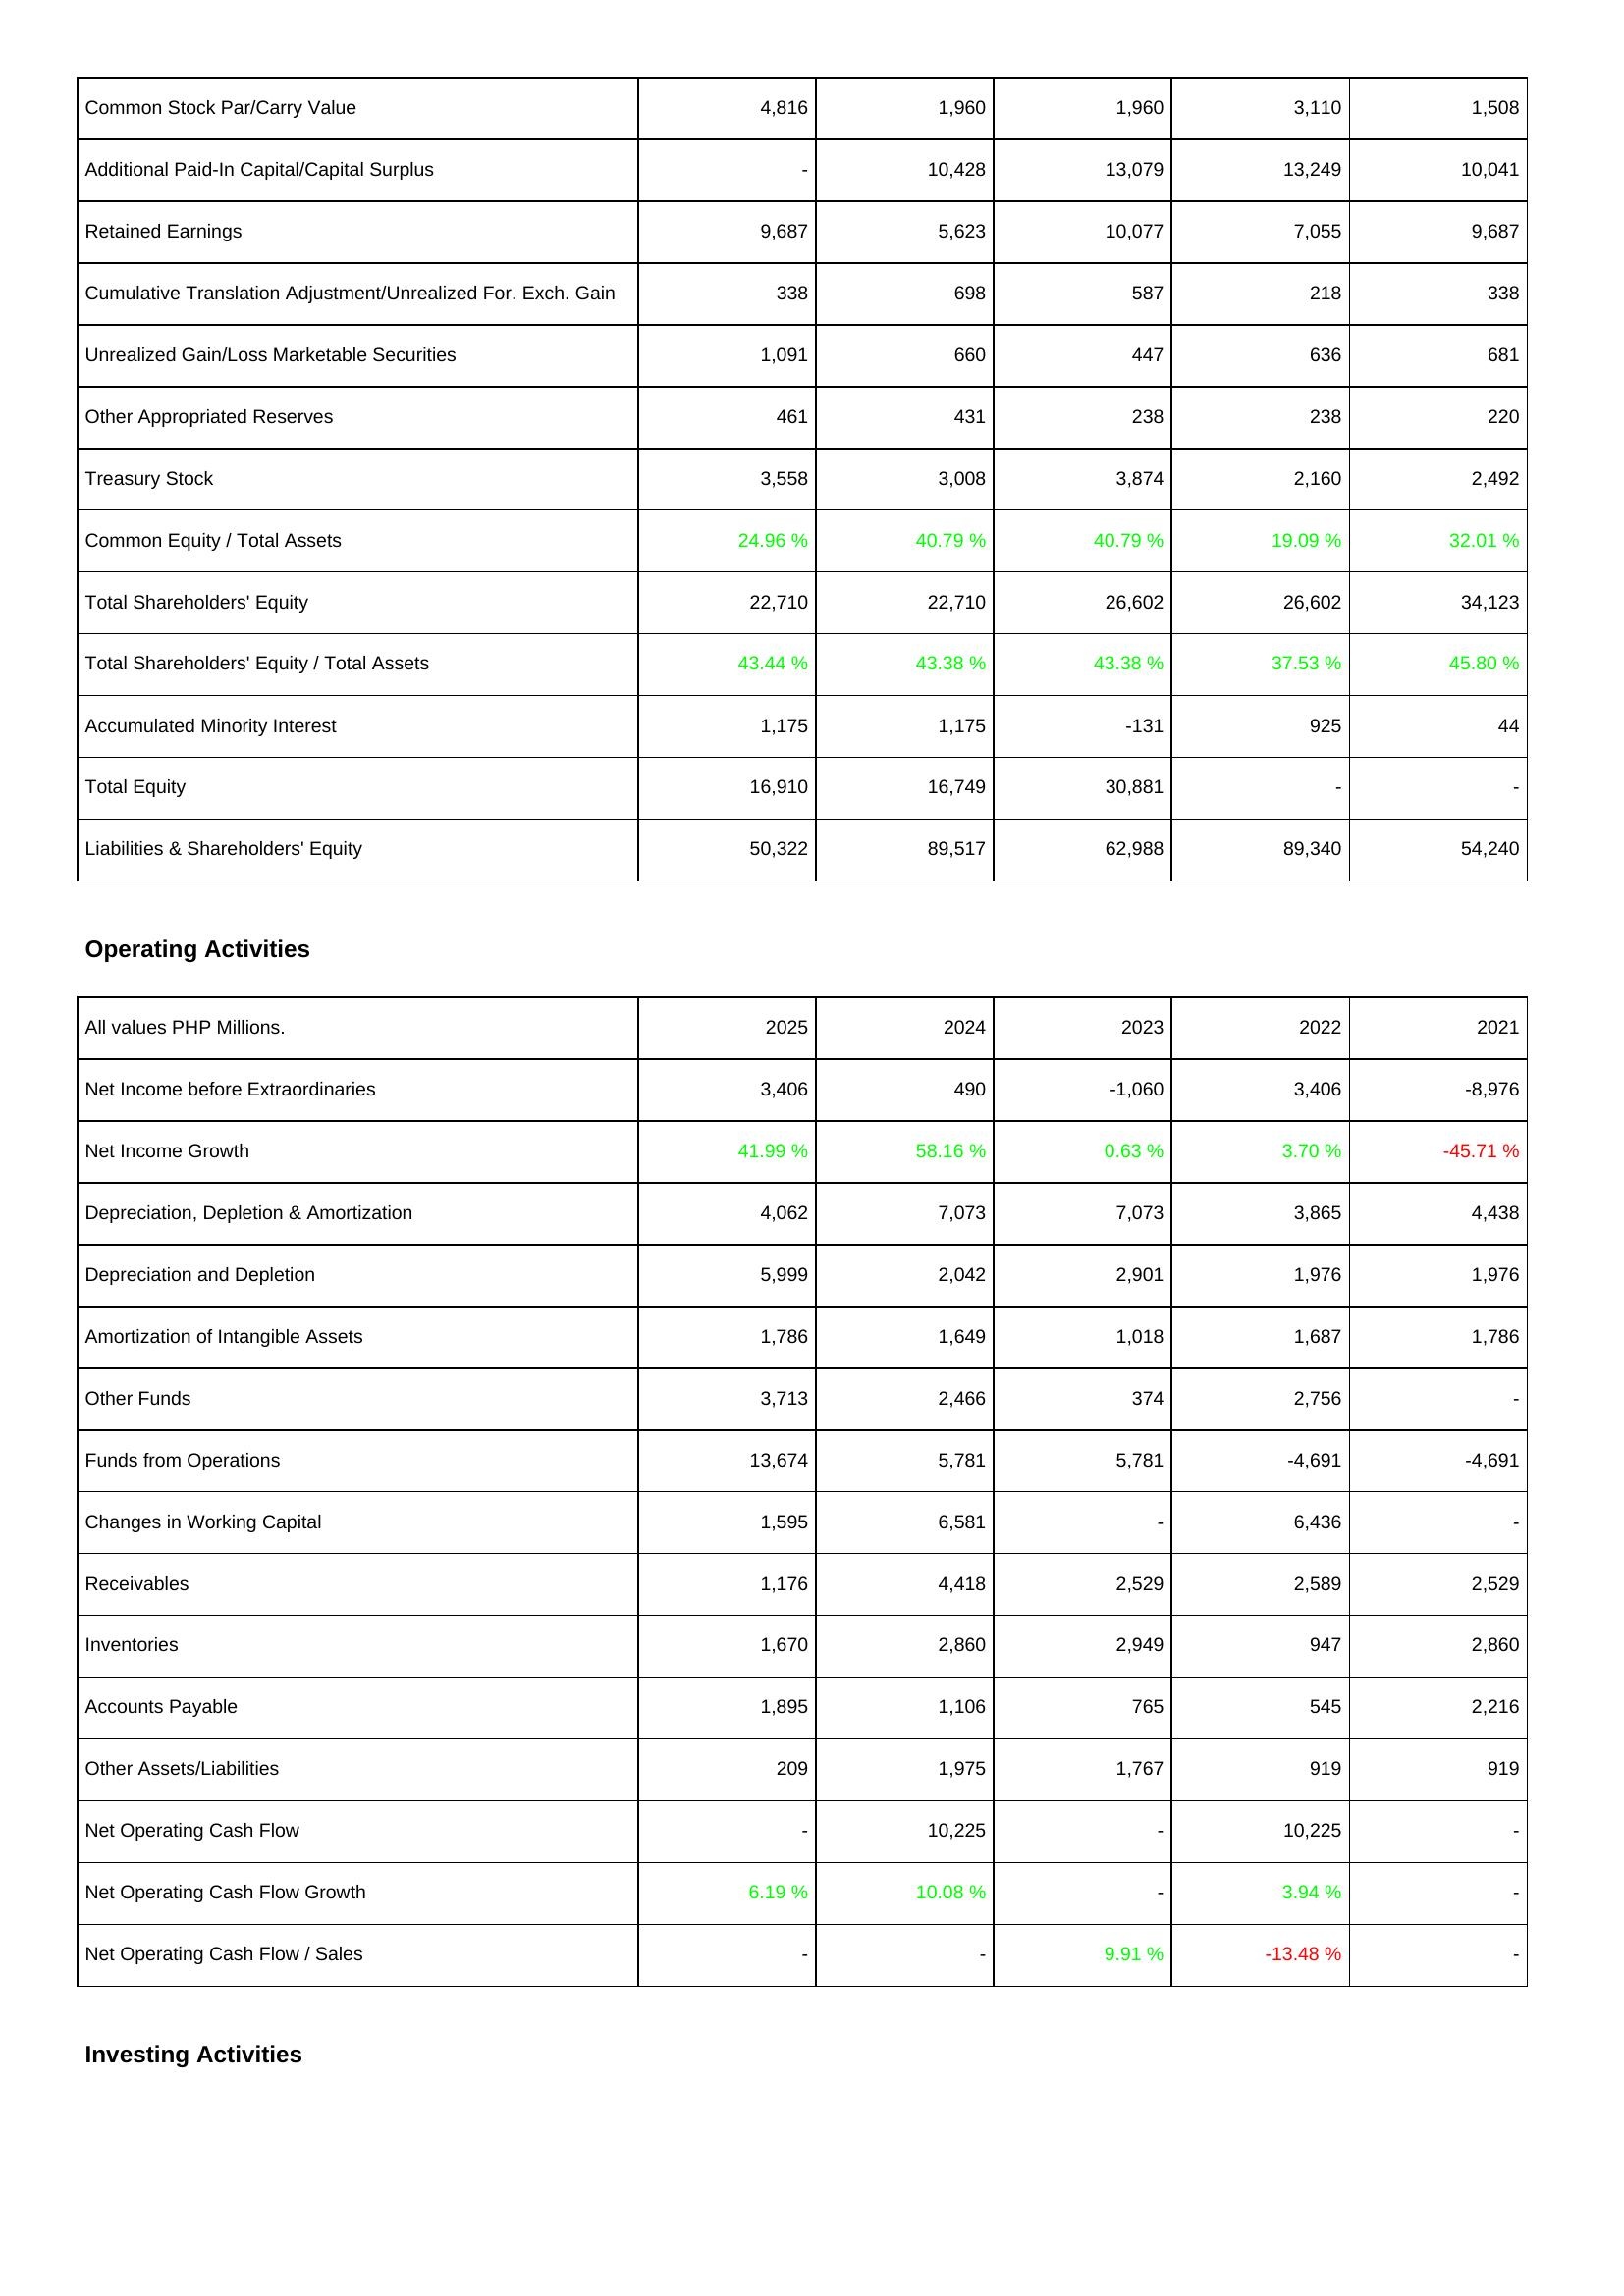
2025: Liabilities & Shareholders' Equity: Common Stock Par/Carry Value: 4,816
Additional Paid-In Capital/Capital Surplus: -
Retained Earnings: 9,687
Cumulative Translation Adjustment/Unrealized For. Exch. Gain: 338
Unrealized Gain/Loss Marketable Securities: 1,091
Other Appropriated Reserves: 461
Treasury Stock: 3,558
Common Equity / Total Assets: 24.96 %
Total Shareholders' Equity: 22,710
Total Shareholders' Equity / Total Assets: 43.44 %
Accumulated Minority Interest: 1,175
Total Equity: 16,910
Liabilities & Shareholders' Equity: 50,322
Operating Activities: Net Income before Extraordinaries: 3,406
Net Income Growth: 41.99 %
Depreciation, Depletion & Amortization: 4,062
Depreciation and Depletion: 5,999
Amortization of Intangible Assets: 1,786
Other Funds: 3,713
Funds from Operations: 13,674
Changes in Working Capital: 1,595
Receivables: 1,176
Inventories: 1,670
Accounts Payable: 1,895
Other Assets/Liabilities: 209
Net Operating Cash Flow: -
Net Operating Cash Flow Growth: 6.19 %
Net Operating Cash Flow / Sales: -
2024: Liabilities & Shareholders' Equity: Common Stock Par/Carry Value: 1,960
Additional Paid-In Capital/Capital Surplus: 10,428
Retained Earnings: 5,623
Cumulative Translation Adjustment/Unrealized For. Exch. Gain: 698
Unrealized Gain/Loss Marketable Securities: 660
Other Appropriated Reserves: 431
Treasury Stock: 3,008
Common Equity / Total Assets: 40.79 %
Total Shareholders' Equity: 22,710
Total Shareholders' Equity / Total Assets: 43.38 %
Accumulated Minority Interest: 1,175
Total Equity: 16,749
Liabilities & Shareholders' Equity: 89,517
Operating Activities: Net Income before Extraordinaries: 490
Net Income Growth: 58.16 %
Depreciation, Depletion & Amortization: 7,073
Depreciation and Depletion: 2,042
Amortization of Intangible Assets: 1,649
Other Funds: 2,466
Funds from Operations: 5,781
Changes in Working Capital: 6,581
Receivables: 4,418
Inventories: 2,860
Accounts Payable: 1,106
Other Assets/Liabilities: 1,975
Net Operating Cash Flow: 10,225
Net Operating Cash Flow Growth: 10.08 %
Net Operating Cash Flow / Sales: -
2023: Liabilities & Shareholders' Equity: Common Stock Par/Carry Value: 1,960
Additional Paid-In Capital/Capital Surplus: 13,079
Retained Earnings: 10,077
Cumulative Translation Adjustment/Unrealized For. Exch. Gain: 587
Unrealized Gain/Loss Marketable Securities: 447
Other Appropriated Reserves: 238
Treasury Stock: 3,874
Common Equity / Total Assets: 40.79 %
Total Shareholders' Equity: 26,602
Total Shareholders' Equity / Total Assets: 43.38 %
Accumulated Minority Interest: -131
Total Equity: 30,881
Liabilities & Shareholders' Equity: 62,988
Operating Activities: Net Income before Extraordinaries: -1,060
Net Income Growth: 0.63 %
Depreciation, Depletion & Amortization: 7,073
Depreciation and Depletion: 2,901
Amortization of Intangible Assets: 1,018
Other Funds: 374
Funds from Operations: 5,781
Changes in Working Capital: -
Receivables: 2,529
Inventories: 2,949
Accounts Payable: 765
Other Assets/Liabilities: 1,767
Net Operating Cash Flow: -
Net Operating Cash Flow Growth: -
Net Operating Cash Flow / Sales: 9.91 %
2022: Liabilities & Shareholders' Equity: Common Stock Par/Carry Value: 3,110
Additional Paid-In Capital/Capital Surplus: 13,249
Retained Earnings: 7,055
Cumulative Translation Adjustment/Unrealized For. Exch. Gain: 218
Unrealized Gain/Loss Marketable Securities: 636
Other Appropriated Reserves: 238
Treasury Stock: 2,160
Common Equity / Total Assets: 19.09 %
Total Shareholders' Equity: 26,602
Total Shareholders' Equity / Total Assets: 37.53 %
Accumulated Minority Interest: 925
Total Equity: -
Liabilities & Shareholders' Equity: 89,340
Operating Activities: Net Income before Extraordinaries: 3,406
Net Income Growth: 3.70 %
Depreciation, Depletion & Amortization: 3,865
Depreciation and Depletion: 1,976
Amortization of Intangible Assets: 1,687
Other Funds: 2,756
Funds from Operations: -4,691
Changes in Working Capital: 6,436
Receivables: 2,589
Inventories: 947
Accounts Payable: 545
Other Assets/Liabilities: 919
Net Operating Cash Flow: 10,225
Net Operating Cash Flow Growth: 3.94 %
Net Operating Cash Flow / Sales: -13.48 %
2021: Liabilities & Shareholders' Equity: Common Stock Par/Carry Value: 1,508
Additional Paid-In Capital/Capital Surplus: 10,041
Retained Earnings: 9,687
Cumulative Translation Adjustment/Unrealized For. Exch. Gain: 338
Unrealized Gain/Loss Marketable Securities: 681
Other Appropriated Reserves: 220
Treasury Stock: 2,492
Common Equity / Total Assets: 32.01 %
Total Shareholders' Equity: 34,123
Total Shareholders' Equity / Total Assets: 45.80 %
Accumulated Minority Interest: 44
Total Equity: -
Liabilities & Shareholders' Equity: 54,240
Operating Activities: Net Income before Extraordinaries: -8,976
Net Income Growth: -45.71 %
Depreciation, Depletion & Amortization: 4,438
Depreciation and Depletion: 1,976
Amortization of Intangible Assets: 1,786
Other Funds: -
Funds from Operations: -4,691
Changes in Working Capital: -
Receivables: 2,529
Inventories: 2,860
Accounts Payable: 2,216
Other Assets/Liabilities: 919
Net Operating Cash Flow: -
Net Operating Cash Flow Growth: -
Net Operating Cash Flow / Sales: -